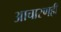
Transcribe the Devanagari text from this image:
आचारणही